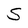
Character: S